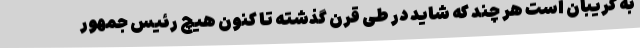
به گریبان است هر چند که شاید در طی قرن گذشته تا کنون هیچ رئیس جمهور